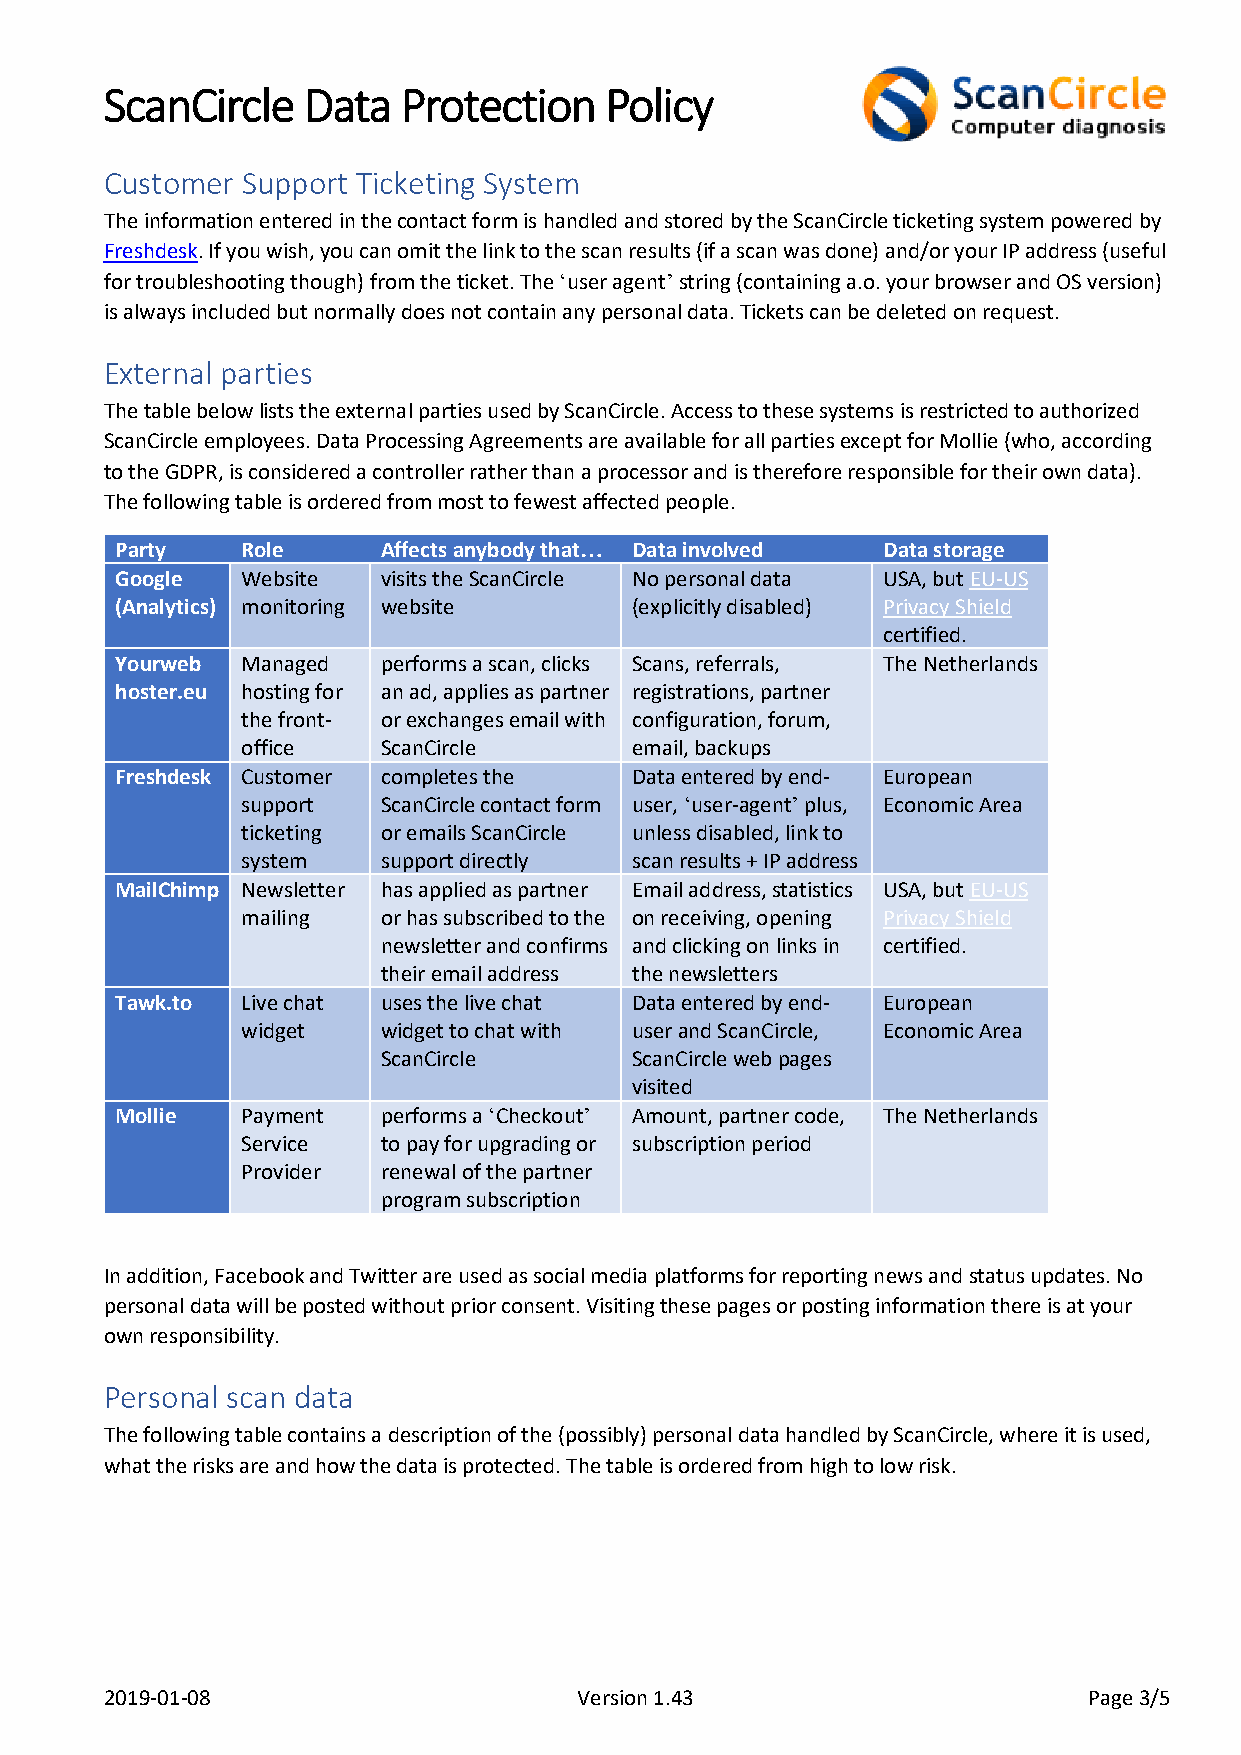
ScanCircle   Data   Protection   Policy
 Customer Support Ticketing System
 The information entered in the contact form is handled and stored by the ScanCircle ticketing system powered by
 Freshdesk. If you wish, you can omit the link to the scan results (if a scan was done) and/or your IP address (useful
 for troubleshooting though) from the ticket. The ‘user agent’ string (containing a.o. your browser and OS version)
 is always included but normally does not contain any personal data. Tickets can be deleted on request.
 External parties
 The table below lists the external parties used by ScanCircle. Access to these systems is restricted to authorized
 ScanCircle employees. Data Processing Agreements are available for all parties except for Mollie (who, according
 to the GDPR, is considered a controller rather than a processor and is therefore responsible for their own data).
 The following table is ordered from most to fewest affected people.
 Party   Role     Affects anybody that… Data involved Data storage
 Google  Website  visits the ScanCircle No personal data USA, but EU-US
 (Analytics) monitoring website    (explicitly disabled) Privacy Shield
 certified.
 Yourweb Managed  performs a scan, clicks Scans, referrals, The Netherlands
 hoster.eu hosting for an ad, applies as partner registrations, partner
 the front- or exchanges email with configuration, forum,
 office   ScanCircle       email, backups
 Freshdesk Customer completes the  Data entered by end- European
 support  ScanCircle contact form user, ‘user-agent’ plus, Economic Area
 ticketing or emails ScanCircle unless disabled, link to
 system   support directly scan results + IP address
 MailChimp Newsletter has applied as partner Email address, statistics USA, but EU-US
 mailing  or has subscribed to the on receiving, opening Privacy Shield
 newsletter and confirms and clicking on links in certified.
 their email address the newsletters
 Tawk.to Live chat uses the live chat Data entered by end- European
 widget   widget to chat with user and ScanCircle, Economic Area
 ScanCircle       ScanCircle web pages
 visited
 Mollie  Payment  performs a ‘Checkout’ Amount, partner code, The Netherlands
 Service  to pay for upgrading or subscription period
 Provider renewal of the partner
 program subscription
 In addition, Facebook and Twitter are used as social media platforms for reporting news and status updates. No
 personal data will be posted without prior consent. Visiting these pages or posting information there is at your
 own responsibility.
 Personal scan data
 The following table contains a description of the (possibly) personal data handled by ScanCircle, where it is used,
 what the risks are and how the data is protected. The table is ordered from high to low risk.
 2019-01-08                     Version 1.43                      Page 3/5